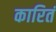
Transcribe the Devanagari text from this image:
कारितं